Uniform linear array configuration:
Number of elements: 64
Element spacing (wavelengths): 0.5
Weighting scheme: exponential
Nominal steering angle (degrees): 60
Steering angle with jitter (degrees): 60.618
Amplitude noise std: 0.05
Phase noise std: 0.05

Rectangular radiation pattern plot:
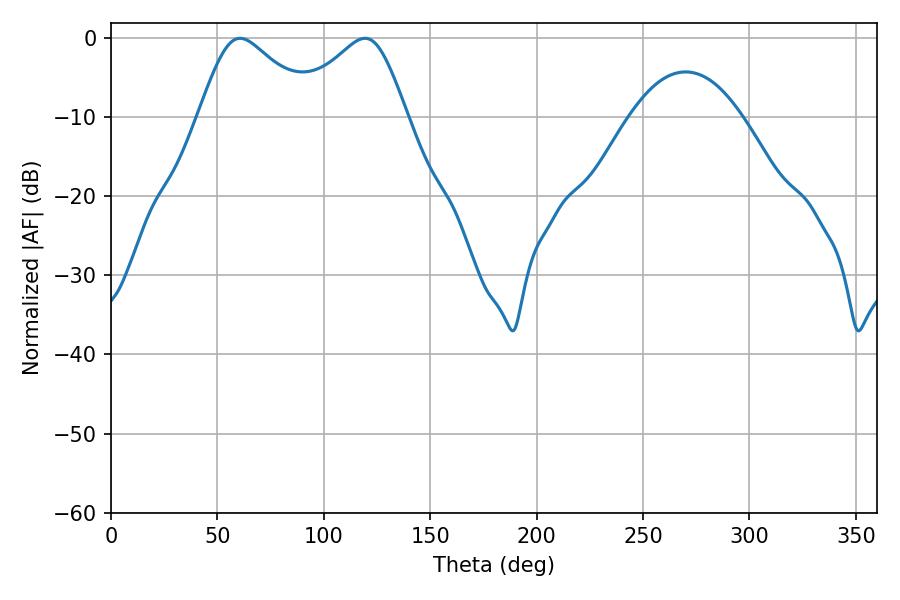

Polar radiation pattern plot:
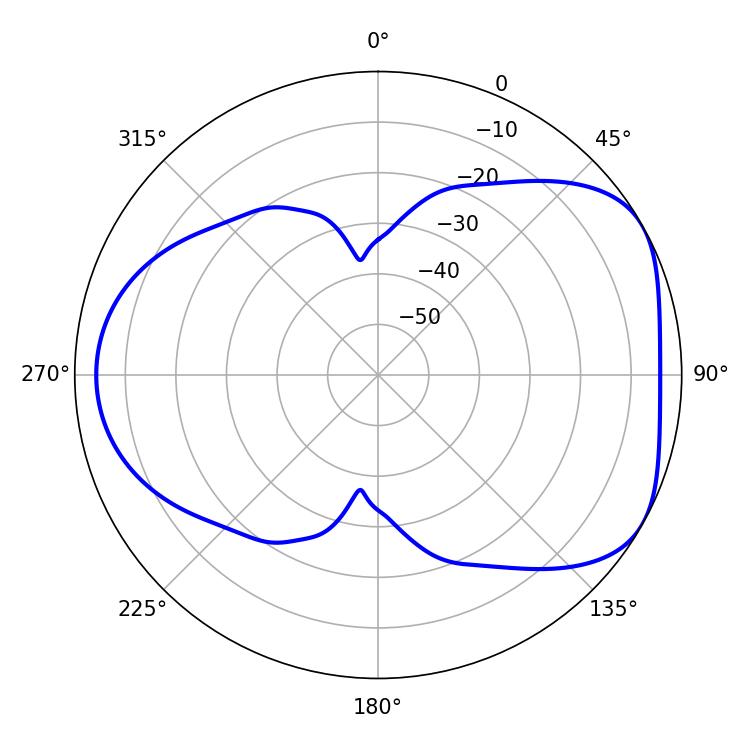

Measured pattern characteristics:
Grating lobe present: FALSE
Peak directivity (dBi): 4.901
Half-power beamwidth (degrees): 26.82
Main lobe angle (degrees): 60.66